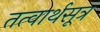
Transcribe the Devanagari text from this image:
तत्वार्थसूत्र